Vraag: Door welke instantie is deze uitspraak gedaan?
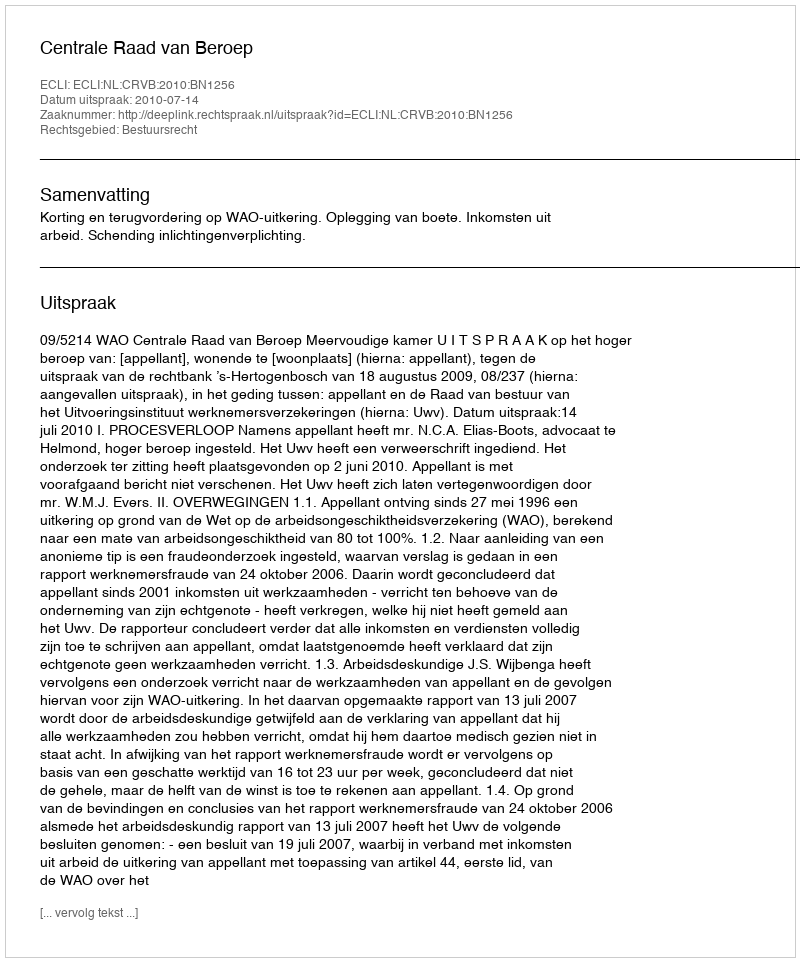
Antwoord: Centrale Raad van Beroep